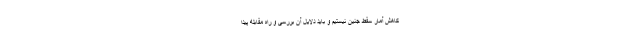
کاهش آمار سقط جنین نیستیم و باید دلایل آن بررسی و راه مقابله پیدا